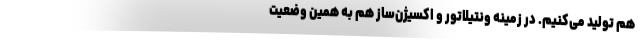
هم تولید می‌کنیم. در زمینه ونتیلاتور و اکسیژن‌ساز هم به همین وضعیت